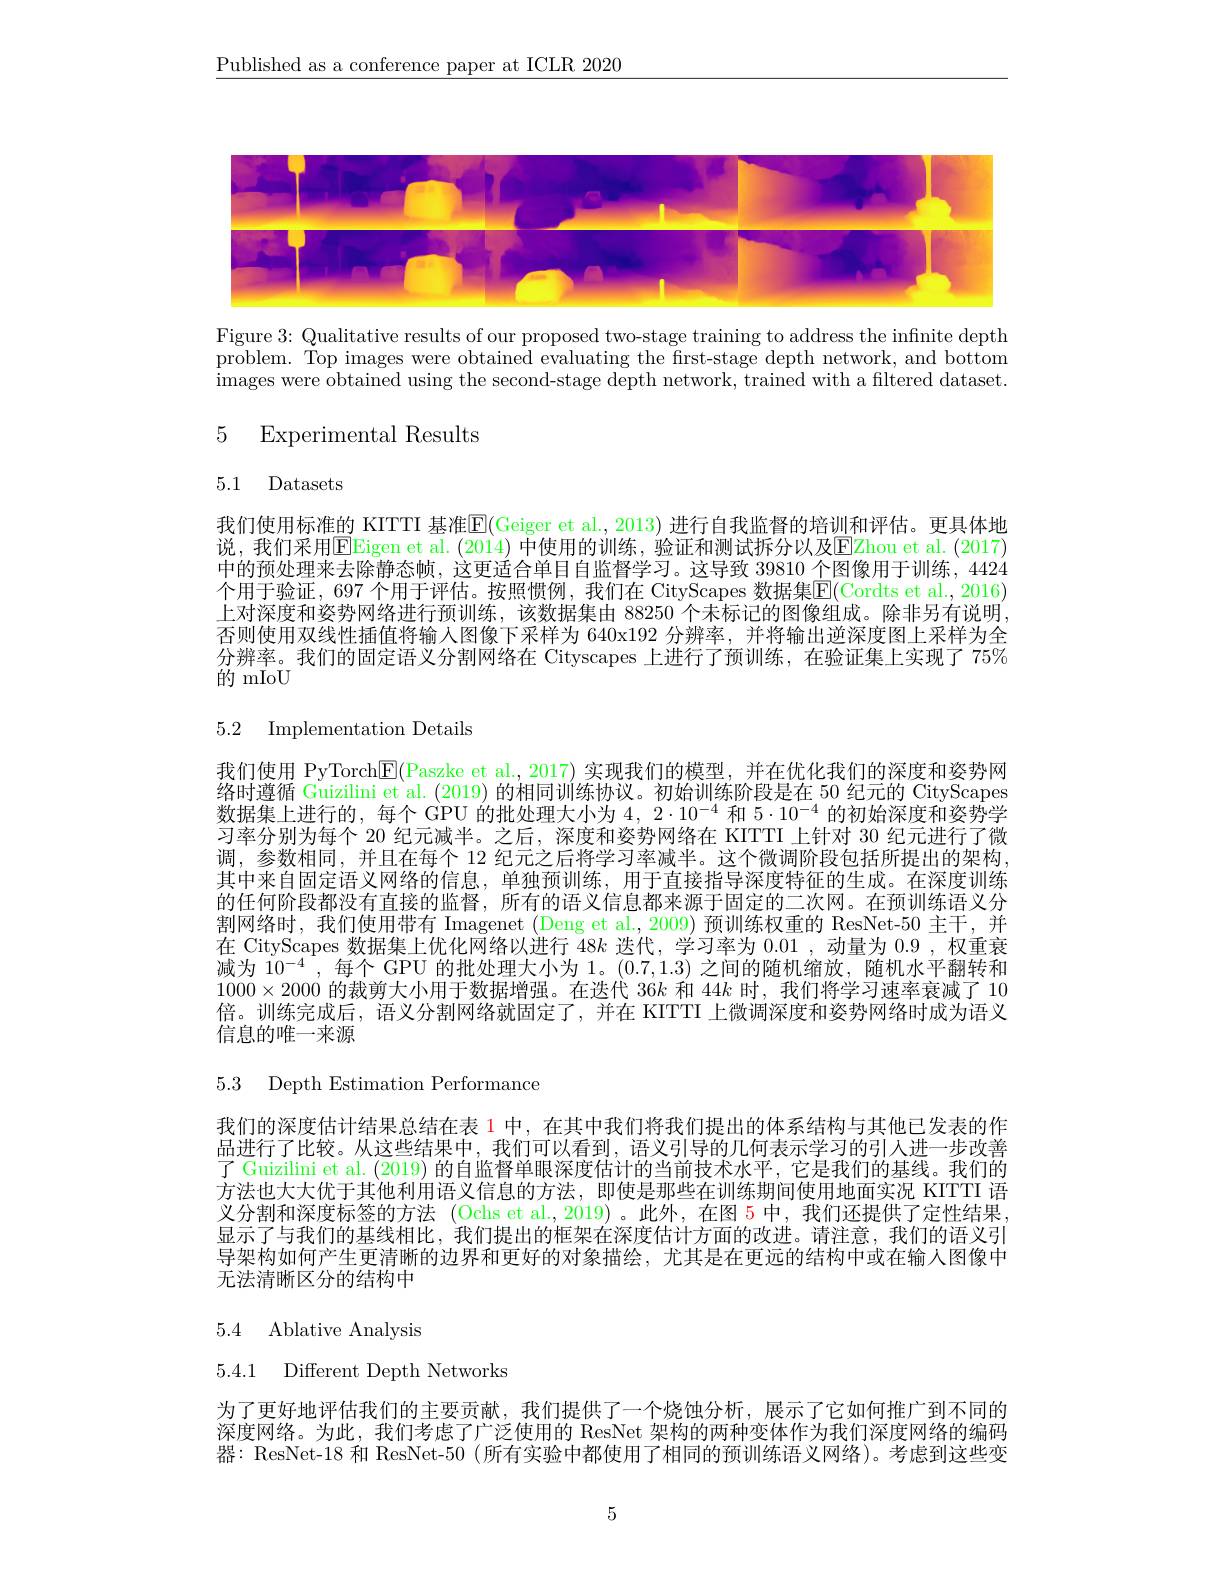
$\underline{\text{Published as a conference paper at ICLR 2020}}$

<FigureHere>

Figure 3: Qualitative results of our proposed two-stage training to address the infinite depth problem. Top images were obtained evaluating the frst-stage depth network, and bottom images were obtained using the second-stage depth network, trained with a filtered dataset.

# 5 Experimental Results

## 5.1 Datasets

我们使用标准的 KITTI 基准$\overline{\mathrm{E}}($Geiger et al., 2013) 进行自我监督的培训和评估。更具体地说，我们采用EEigen et al. (2014) 中使用的训练，验证和测试拆分以及EZhou et al. (2017) 中的预处理来去除静态帧，这更适合单目自监督学习。这导致 39810 个图像用于训练，4424个用于验证，697 个用于评估。按照惯例，我们在 CityScapes 数据集$\boxed{\mathrm{E}}($Cordts et al., 2016) 上对深度和姿势网络进行预训练，该数据集由 88250 个未标记的图像组成。除非另有说明否则使用双线性插值将输入图像下采样为 640x192 分辨率，并将输出逆深度图上采样为全分辨率。我们的固定语义分割网络在 Cityscapes 上进行了预训练，在验证集上实现了 75% ${\stackrel{\text{的 mIoU}}{\mathrm{~mIoU}}}$

# 5.2 Implementation Details

我们使用 PyTorchE(Paszke et al.,2017)实现我们的模型，并在优化我们的深度和姿势网络时遵循 Guizilini et al. (2019) 的相同训练协议。初始训练阶段是在 50 纪元的 CityScapes 数据集上进行的，每个 GPU 的批处理大小为$4,2\cdot10^{-4}$和$5\cdot10^{-4}$的初始深度和姿势学习率分别为每个 20 纪元减半。之后，深度和姿势网络在 KITTI 上针对 30 纪元进行了微调，参数相同，并且在每个 12 纪元之后将学习率减半。这个微调阶段包括所提出的架构， 其中来自固定语义网络的信息，单独预训练，用于直接指导深度特征的生成。在深度训练的任何阶段都没有直接的监督，所有的语义信息都来源于固定的二次网。在预训练语义分割网络时，我们使用带有 Imagenet (Deng et al., 2009) 预训练权重的 ResNet-50 主干，并在 CityScapes 数据集上优化网络以进行$48k$迭代，学习率为0.01,动量为0.9,权重衰减为 10$^{-4}$ ,每个 GPU 的批处理大小为 1。(0.7,1.3) 之间的随机缩放，随机水平翻转和$1000\times2000$的裁剪大小用于数据增强。在迭代 36$k$和 44$k$时，我们将学习速率衰减了10倍。训练完成后，语义分割网络就固定了，并在 KITTI 上微调深度和姿势网络时成为语义信息的唯一来源

5.3 Depth Estimation Performance

我们的深度估计结果总结在表 1 中，在其中我们将我们提出的体系结构与其他已发表的作品进行了比较。从这些结果中，我们可以看到，语义引导的几何表示学习的引人进一步改善了 Guizilini et al. (2019)的自监督单眼深度估计的当前技术水平，它是我们的基线。我们的方法也大大优于其他利用语义信息的方法，即使是那些在训练期间使用地面实况 KITTTI 语义分割和深度标签的方法 (Ochs et al.,2019)。此外，在图 5 中，我们还提供了定性结果显示了与我们的基线相比，我们提出的框架在深度估计方面的改进。请注意，我们的语义引导架构如何产生更清晰的边界和更好的对象描绘，尤其是在更远的结构中或在输人图像中无法清晰区分的结构中

## 5.4 Ablative Analysis

5.4.1 Different Depth Networks

为了更好地评估我们的主要贡献，我们提供了一个烧蚀分析，展示了它如何推广到不同的深度网络。为此，我们考虑了广泛使用的 ResNet 架构的两种变体作为我们深度网络的编码器：ResNet-18 和 ResNet-50 (所有实验中都使用了相同的预训练语义网络)。考虑到这些变

5